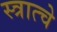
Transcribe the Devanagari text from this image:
स्त्रात्चे